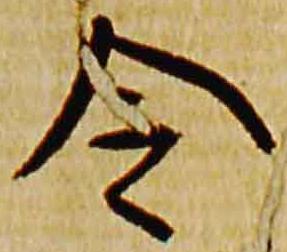
令